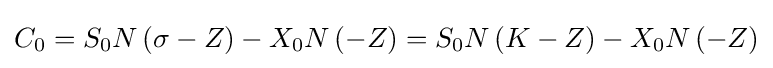
C_{0}=S_{0}N\left(\sigma -Z\right)-X_{0}N\left(-Z\right)=S_{0}N\left(K-Z\right)-X_{0}N\left(-Z\right)